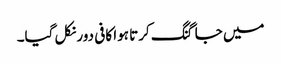
میں جاگنگ کرتا ہوا کافی دور نکل گیا۔